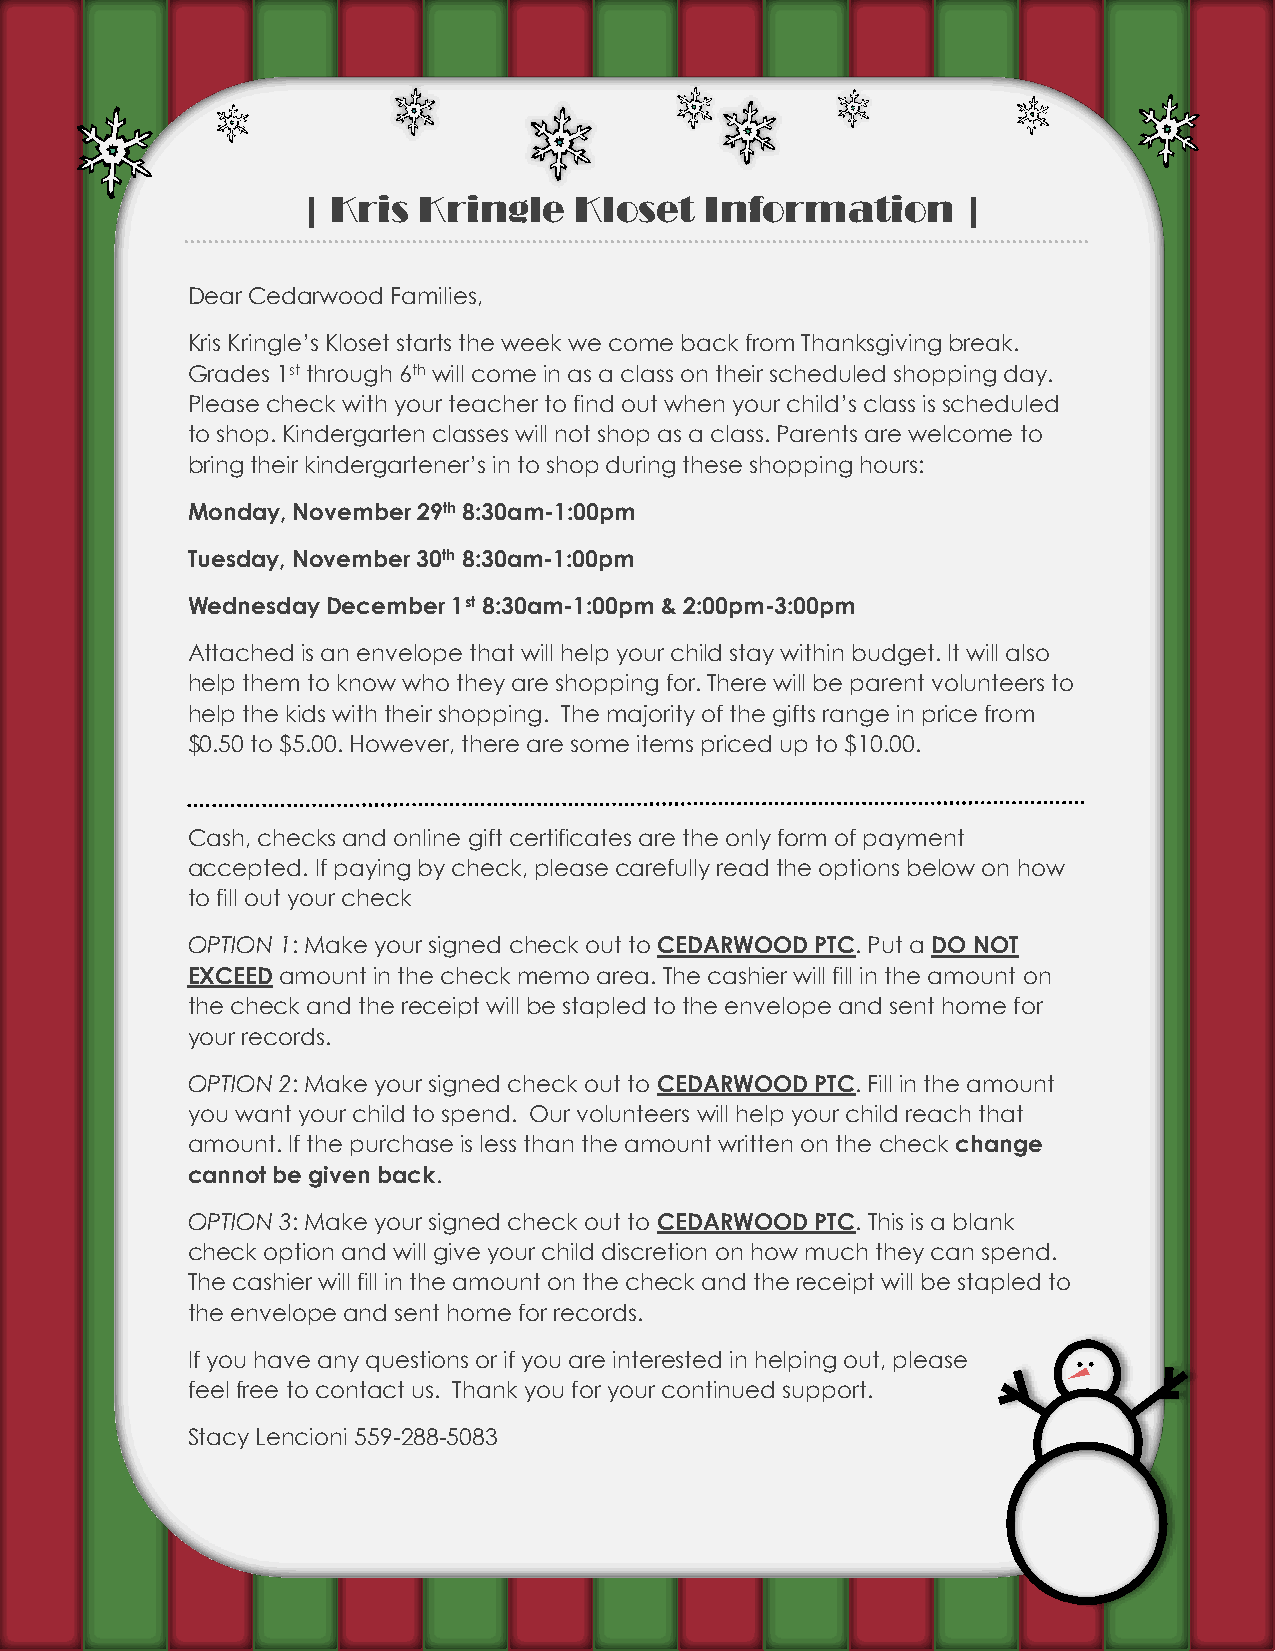
| Kris  Kringle   Kloset   Information      |
 Dear Cedarwood Families,
 Kris Kringle’s Kloset starts the week we come back from Thanksgiving break.
 Grades 1st through 6th will come in as a class on their scheduled shopping day.
 Please check with your teacher to find out when your child’s class is scheduled
 to shop. Kindergarten classes will not shop as a class. Parents are welcome to
 bring their kindergartener’s in to shop during these shopping hours:
 Monday, November 29th 8:30am-1:00pm
 Tuesday, November 30th 8:30am-1:00pm
 Wednesday December 1st 8:30am-1:00pm & 2:00pm-3:00pm
 Attached is an envelope that will help your child stay within budget. It will also
 help them to know who they are shopping for. There will be parent volunteers to
 help the kids with their shopping. The majority of the gifts range in price from
 $0.50 to $5.00. However, there are some items priced up to $10.00.
 Cash, checks and online gift certificates are the only form of payment
 accepted. If paying by check, please carefully read the options below on how
 to fill out your check
 OPTION 1: Make your signed check out to CEDARWOOD PTC. Put a DO NOT
 EXCEED amount in the check memo area. The cashier will fill in the amount on
 the check and the receipt will be stapled to the envelope and sent home for
 your records.
 OPTION 2: Make your signed check out to CEDARWOOD PTC. Fill in the amount
 you want your child to spend. Our volunteers will help your child reach that
 amount. If the purchase is less than the amount written on the check change
 cannot be given back.
 OPTION 3: Make your signed check out to CEDARWOOD PTC. This is a blank
 check option and will give your child discretion on how much they can spend.
 The cashier will fill in the amount on the check and the receipt will be stapled to
 the envelope and sent home for records.
 If you have any questions or if you are interested in helping out, please
 feel free to contact us. Thank you for your continued support.
 Stacy Lencioni 559-288-5083